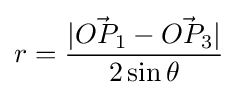
r={\frac {|{\vec {OP_{1}}}-{\vec {OP_{3}}}|}{2\sin \theta }}